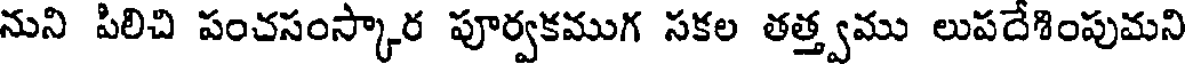
నుని పిలిచి పంచసంస్కార పూర్వకముగ సకల తత్త్వము లుపదేశింపుమని